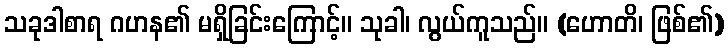
သခုဒါစာရ ဂဟန၏ မရှိခြင်းကြောင့်။ သုခါ၊ လွယ်ကူသည်။ (ဟောတိ၊ ဖြစ်၏)